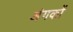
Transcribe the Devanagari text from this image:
अंगकों